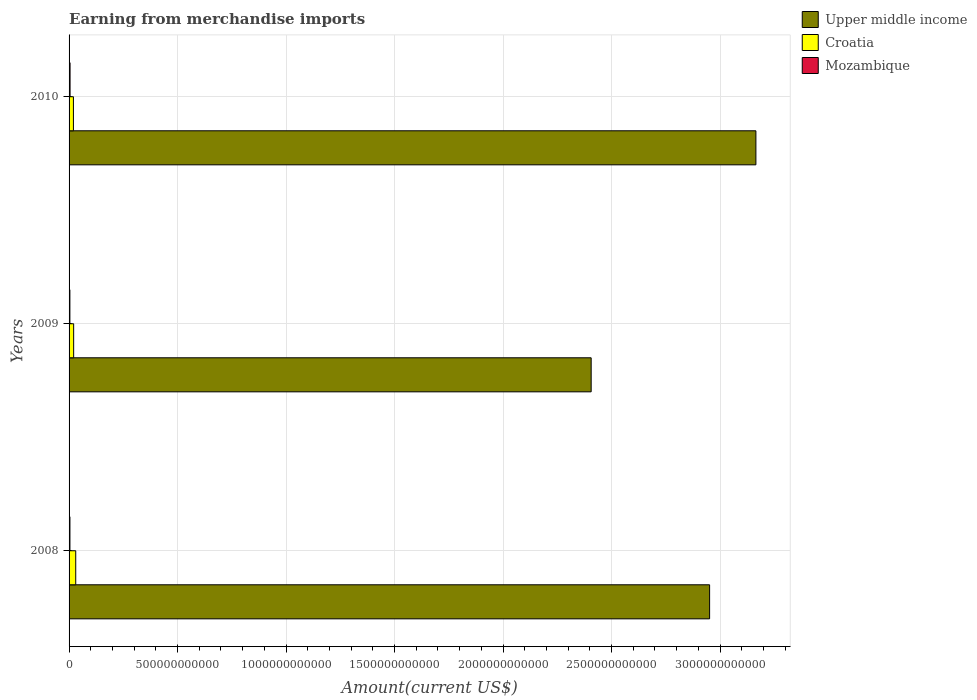
| Years | Upper middle income | Croatia | Mozambique |
 | --- | --- | --- | --- |
 | 2008 | 2.95e+12 | 3.07e+10 | 4.01e+09 |
 | 2009 | 2.41e+12 | 2.11e+10 | 3.76e+09 |
 | 2010 | 3.17e+12 | 2.01e+10 | 4.6e+09 |